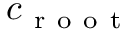
c _ { \mathrm { ~ r ~ o ~ o ~ t ~ } }